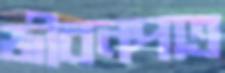
জীবনপাত্র